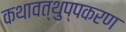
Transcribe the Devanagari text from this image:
कथावत्थुप्पकरण